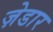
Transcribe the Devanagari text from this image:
ज़ेडार